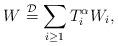
LaTeX: \begin{align*}W \stackrel{\mathcal{D}}{=} \sum_{i \geq 1} T_i^\alpha W_i, \end{align*}